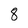
Character: 8